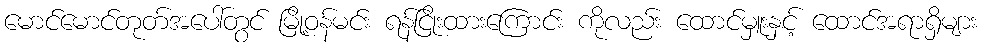
မောင်မောင်တုတ်အပေါ်တွင် မြို့ဝန်မင်း ရန်ငြိုးထားကြောင်း ကိုလည်း ထောင်မှူးနှင့် ထောင်အရာရှိများ